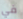
في